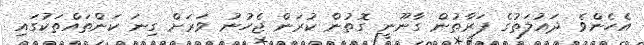
އެހެންވެ ދައުލަތުގެ ފަރާތުން ގާނޫނީ ގޮތުން ކުރަން ޖެހުނު ވަރަށް ގިނަ ކަންތައްތަކުގައި